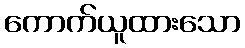
ကောက်ယူထားသော